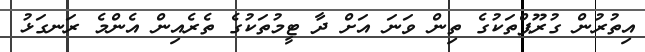
އިތުުރުން ގުރޫޕްތަކުގެ ތިން ވަނަ އަށް ދާ ޓީމުތަކުގެ ތެރެއިން އެންމެ ރަނގަޅު